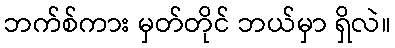
ဘက်စ်ကား မှတ်တိုင် ဘယ်မှာ ရှိလဲ။